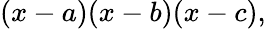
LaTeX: (x-a)(x-b)(x-c),